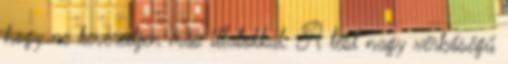
hogy ne keveredjen más illatokkal. A test nagy vérbőségű